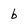
Character: b